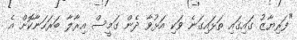
"ފަރިޔާޒު ގައިގައި ތަޅައިގަނެ ވަކި އަޅުވާ ދެން ގަމީސް އިރާލާ ބަރަހަނާކޮށް އެ